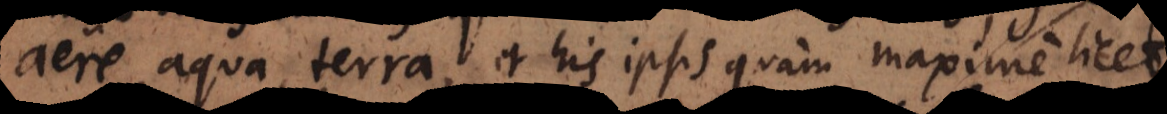
aëre, aqua, terra, et his ipsis quam maxime licet